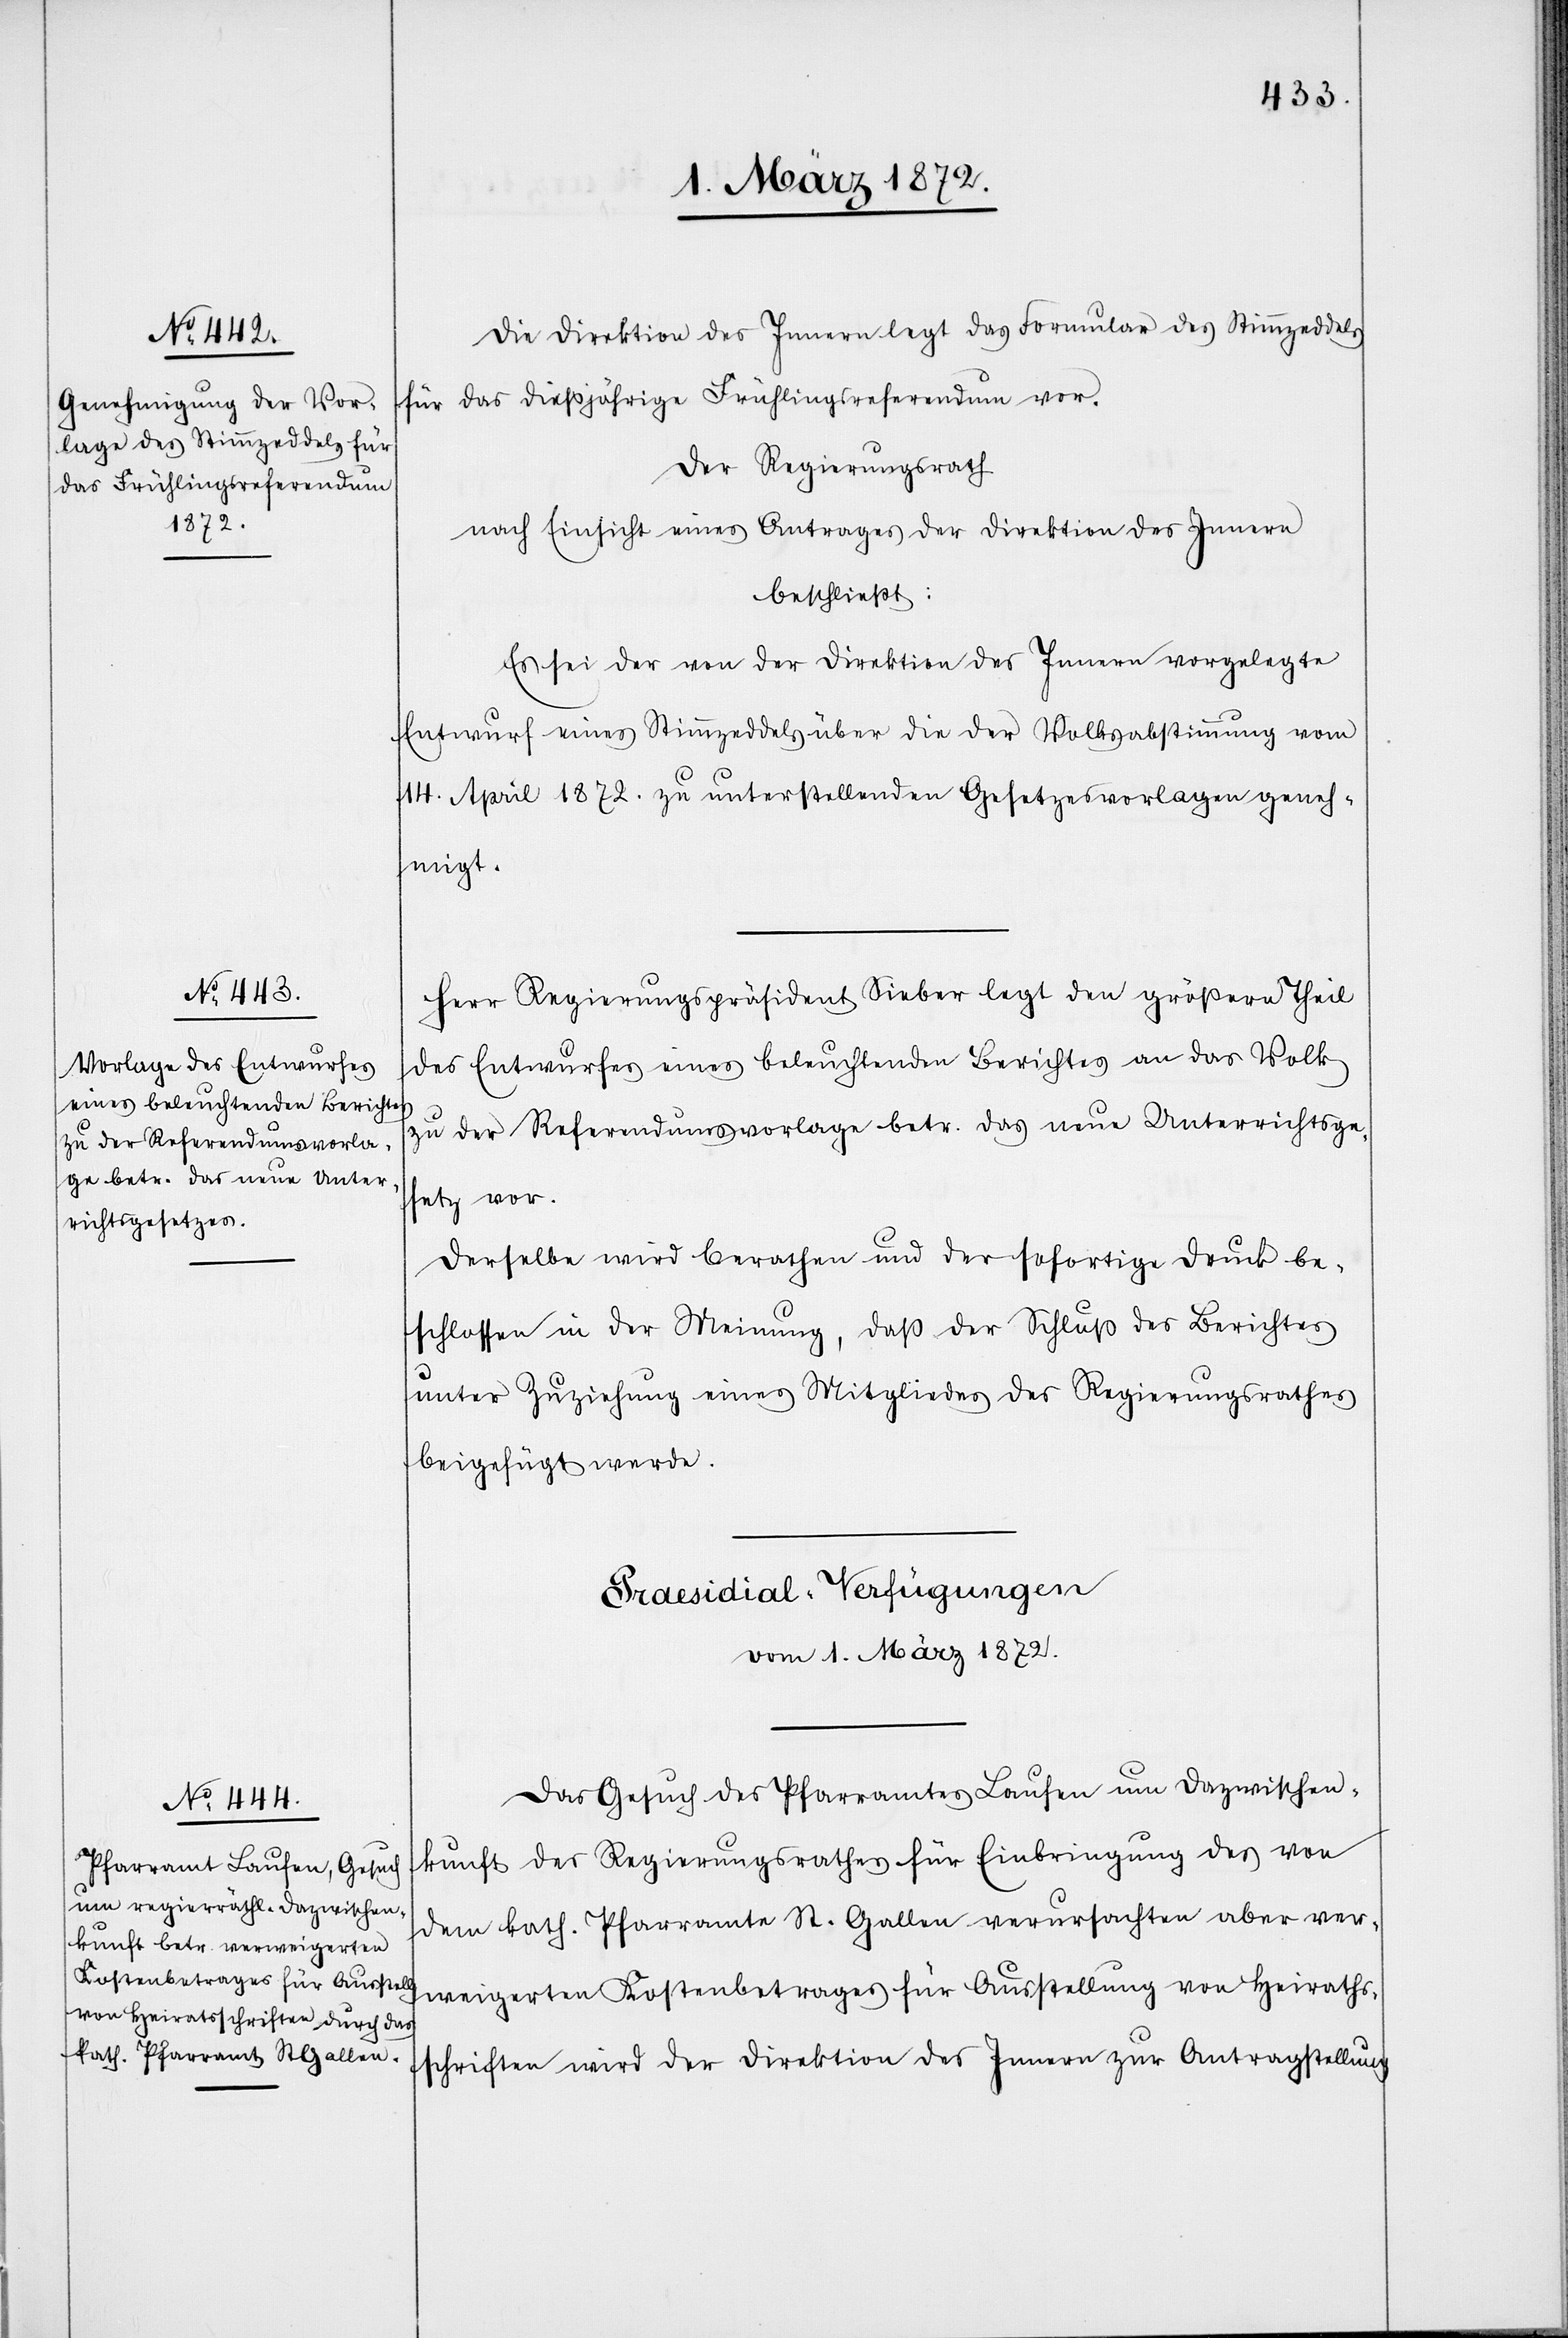
Die Direktion des Innern legt das Formular des Stimmzeddels
für das dießjährige Frühlingsreferendum vor.
Der Regierungsrath
nach Einsicht eines Antrages der Direktion des Innern
beschließt:
Es sei der von der Direktion des Innern vorgelegte
Entwurf eines Stimmzeddels über die der Volksabstimmung vom
14. April 1872. zu unterstellenden Gesetzesvorlagen geneh¬
migt.
Herr Regierungspräsident Sieber legt den größern Theil
des Entwurfes eines beleuchtenden Berichtes an das Volk
zu der Referendumsvorlage betr. das neue Unterrichtsge¬
setz vor.
Derselbe wird berathen und der sofortige Druck be¬
schlossen in der Meinung, daß der Schluß des Berichtes
unter Zuziehung eines Mitgliedes des Regierungsrathes
beigefügt werde.
Präsidial-Verfügungen
vom 1. März 1872.
Das Gesuch des Pfarramtes Laufen um Dazwischen¬
kunft des Regierungsrathes für Einbringung des von
dem kath. Pfarramte St. Gallen verursachten aber ver¬
weigerten Kostenbetrages für Ausstellung von Heiraths¬
schriften wird der Direktion des Innern zur Antragstellung